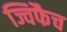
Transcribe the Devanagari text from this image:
ज्विफैच